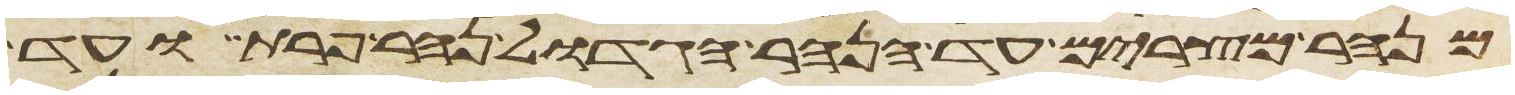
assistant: מנהר מצרים עד הנהר הגדול נהר פרת ועד